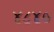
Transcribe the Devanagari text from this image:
४८४०